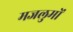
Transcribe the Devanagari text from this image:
मजलुमों